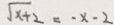
\sqrt { x + 2 } = - x - 2